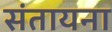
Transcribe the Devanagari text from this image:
संतायना